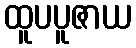
ထူပပူဇာယ